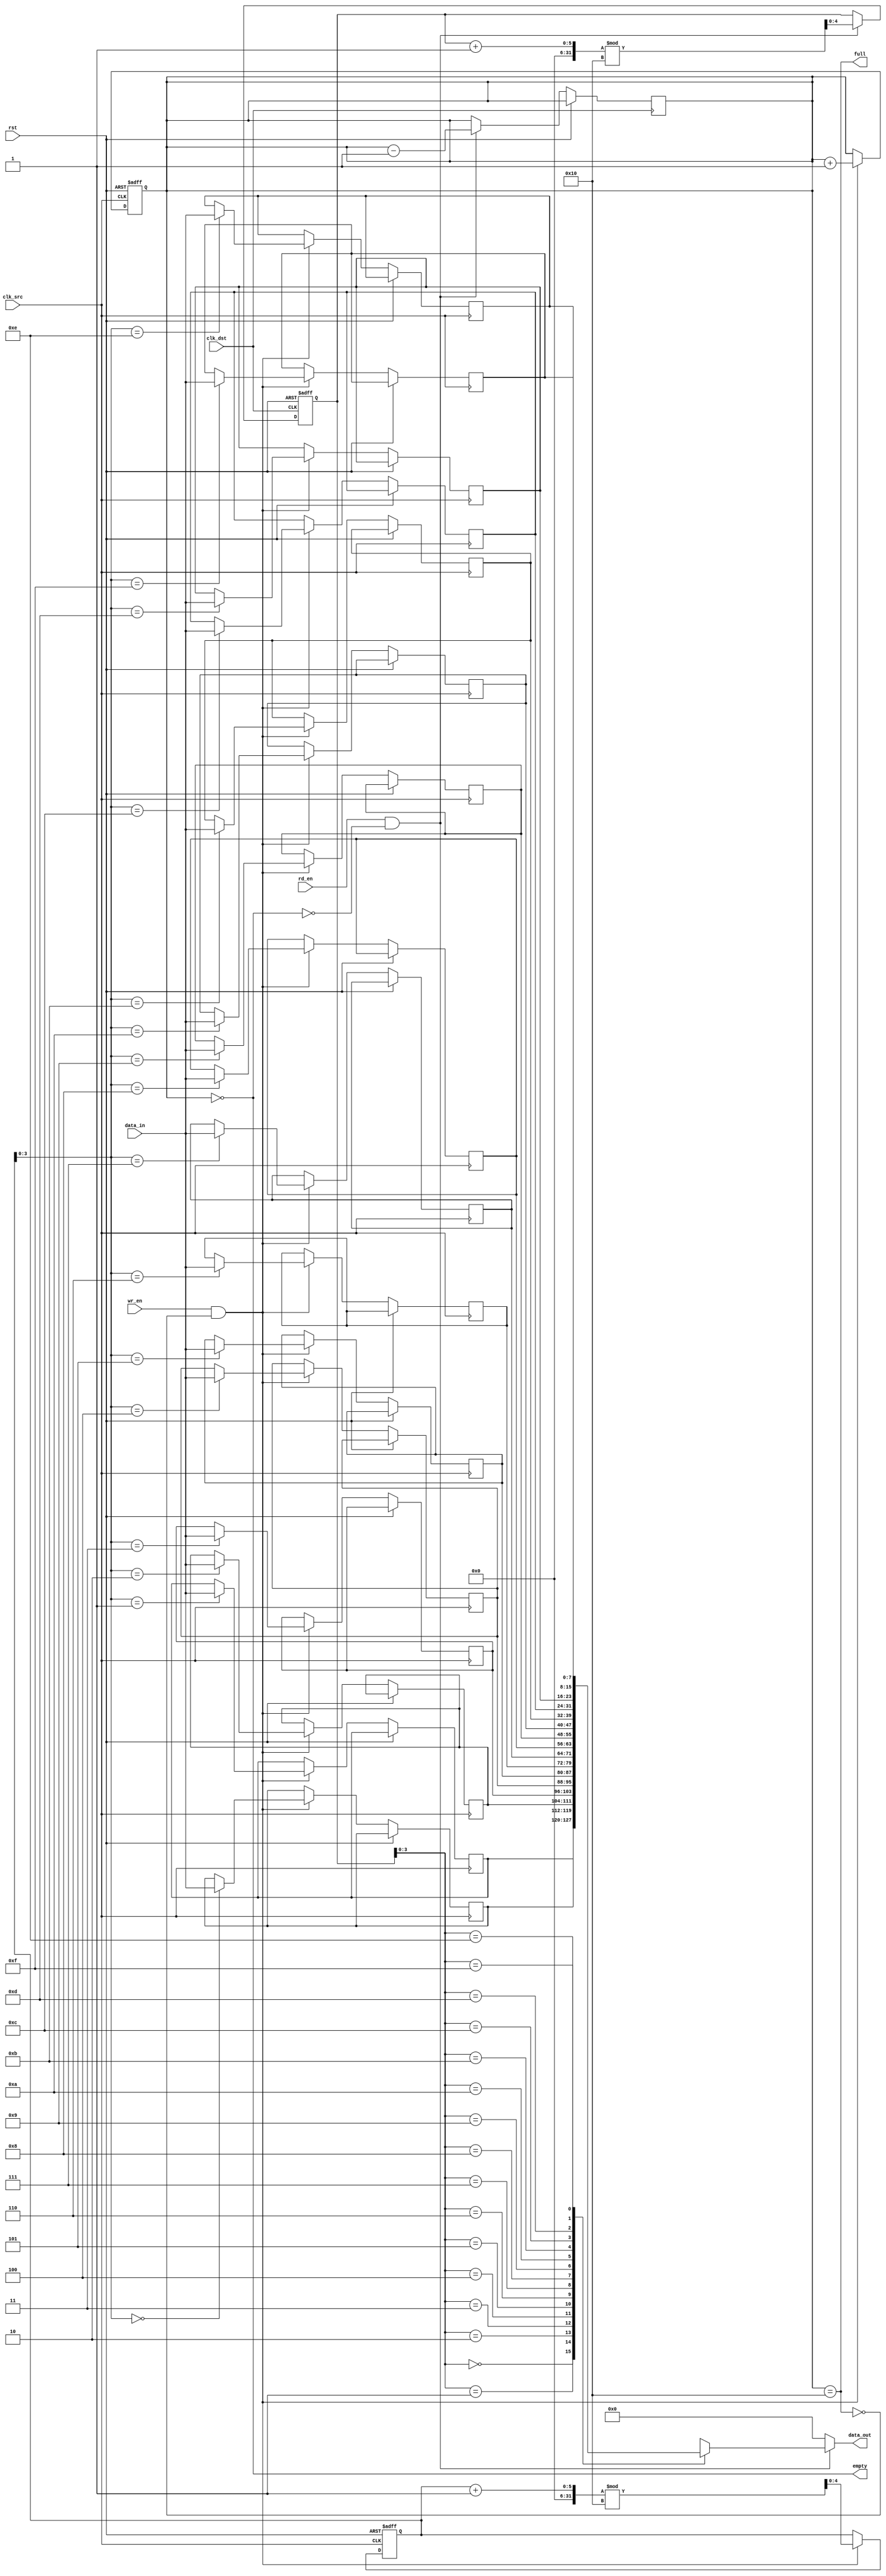
module fifo_sync #(
    parameter DATA_WIDTH = 8,
    parameter FIFO_DEPTH = 16
)(
    input wire clk_src,        // Source clock
    input wire clk_dst,        // Destination clock
    input wire rst,            // Asynchronous reset
    input wire [DATA_WIDTH-1:0] data_in, // Input data
    input wire wr_en,          // Write enable
    output wire full,          // FIFO full flag
    output wire empty,         // FIFO empty flag
    output wire [DATA_WIDTH-1:0] data_out, // Output data
    input wire rd_en           // Read enable
);

// FIFO Memory
reg [DATA_WIDTH-1:0] fifo_mem [0:FIFO_DEPTH-1];
reg [4:0] wr_ptr;  // Write pointer
reg [4:0] rd_ptr;  // Read pointer
reg [4:0] count;    // Number of elements in FIFO

assign full = (count == FIFO_DEPTH);
assign empty = (count == 0);
assign data_out = (rd_en && !empty) ? fifo_mem[rd_ptr] : {DATA_WIDTH{1'b0}};

// Write Control Logic
always @(posedge clk_src or posedge rst) begin
    if (rst) begin
        wr_ptr <= 0;
        count <= 0;
    end else if (wr_en && !full) begin
        fifo_mem[wr_ptr] <= data_in;
        wr_ptr <= (wr_ptr + 1) % FIFO_DEPTH;
        count <= count + 1;
    end
end

// Read Control Logic
always @(posedge clk_dst or posedge rst) begin
    if (rst) begin
        rd_ptr <= 0;
    end else if (rd_en && !empty) begin
        rd_ptr <= (rd_ptr + 1) % FIFO_DEPTH;
        count <= count - 1;
    end
end

endmodule